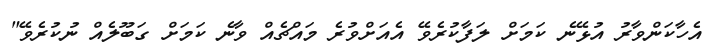
އެހާކަންވާރު އުޅޭނެ ކަމަށް ލަފާކުރެވޭ އެއަށްވުރެ މައްޗެއް ވާނެ ކަމަށް ގަބޫލެއް ނުކުރެވޭ"